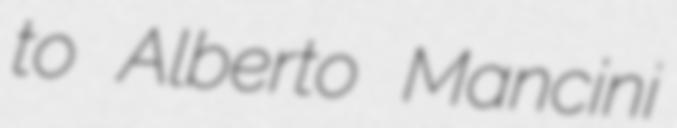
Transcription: to Alberto Mancini